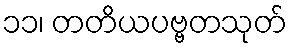
၁၁၊ တတိယပဗ္ဗတသုတ်